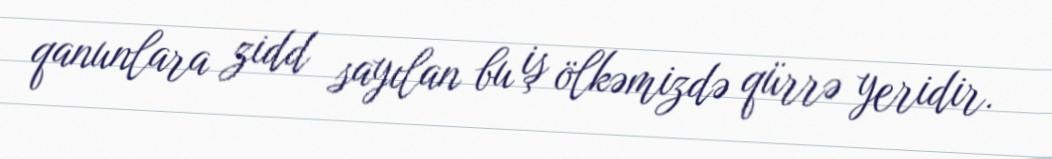
qanunlara zidd sayılan bu iş ölkəmizdə qürrə yeridir.